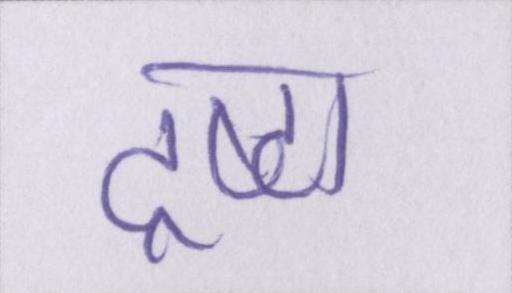
द्रष्टा